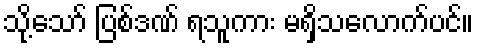
သို့သော် ပြစ်ဒဏ် ရသူကား မရှိသလောက်ပင်။